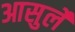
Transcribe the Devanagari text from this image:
आसुर्ले